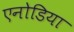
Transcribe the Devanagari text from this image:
एनोडिया